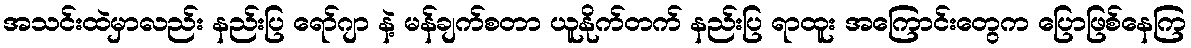
အသင်းထဲမှာလည်း နည်းပြ ရော်ဂျာ နဲ့ မန်ချက်စတာ ယူနိုက်တက် နည်းပြ ရာထူး အကြောင်းတွေက ပြောဖြစ်နေကြ